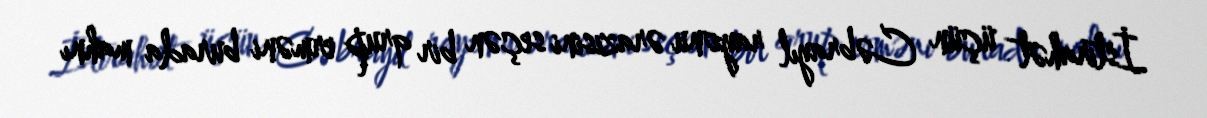
İstirahət üçün Cəbrayıl rayonu ərazisini seçən bir qrup erməni burada mahnı